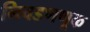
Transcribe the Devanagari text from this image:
निवडणणूक